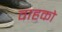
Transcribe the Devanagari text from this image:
वाहको